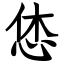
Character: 恷